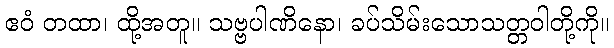
ဧဝံ တထာ၊ ထို့အတူ။ သဗ္ဗပါဏိနော၊ ခပ်သိမ်းသောသတ္တဝါတို့ကို။